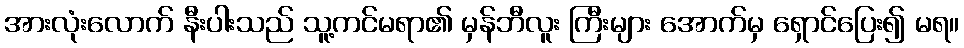
အားလုံးလောက် နီးပါးသည် သူ့ကင်မရာ၏ မှန်ဘီလူး ကြီးများ အောက်မှ ရှောင်ပြေး၍ မရ။